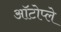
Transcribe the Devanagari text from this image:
ऑटोप्ले